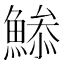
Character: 𩹧